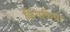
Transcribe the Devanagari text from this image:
किवकिवा